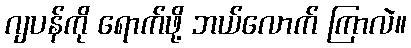
ဂျပန်ကို ရောက်ဖို့ ဘယ်လောက် ကြာလဲ။